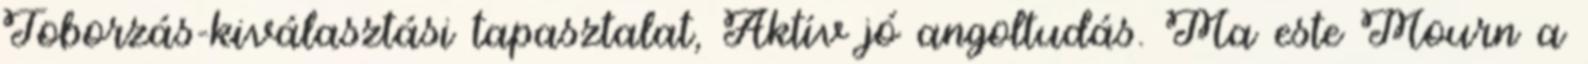
Toborzás-kiválasztási tapasztalat, Aktív jó angoltudás. Ma este Mourn a